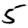
Digit: 5